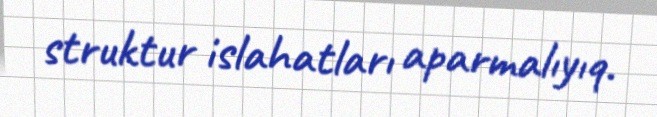
struktur islahatları aparmalıyıq.